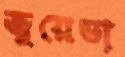
জুয়েভা